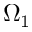
\Omega _ { 1 }